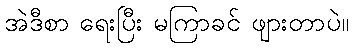
အဲဒီစာ ရေးပြီး မကြာခင် ဖျားတာပဲ။